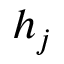
h _ { j }